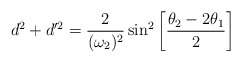
\begin{align*}d^2 + d'^2 = {2 \over (\omega_2)^2} \sin ^2 \left[{\theta_2 - 2\theta _1 \over 2} \right]\end{align*}